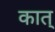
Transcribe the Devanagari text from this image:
कात्‌